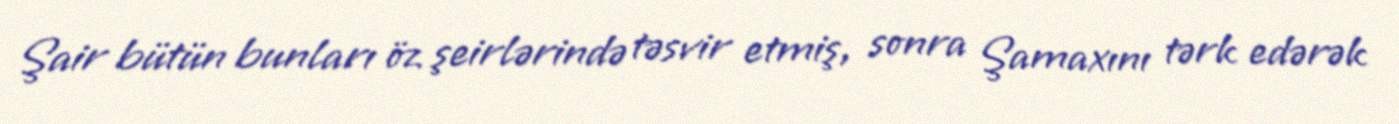
Şair bütün bunları öz şeirlərində təsvir etmiş, sonra Şamaxını tərk edərək